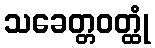
သခေတ္တဝတ္ထုံ